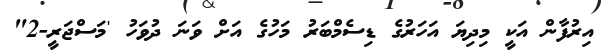
އިރުފާން އަކީ މިދިޔަ އަހަރުގެ ޑިސެމްބަރު މަހުގެ އަށް ވަނަ ދުވަހު 'މަސްޖަރީ-2"